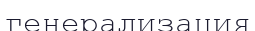
генерализация